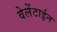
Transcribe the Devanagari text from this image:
वेलेंटाईन